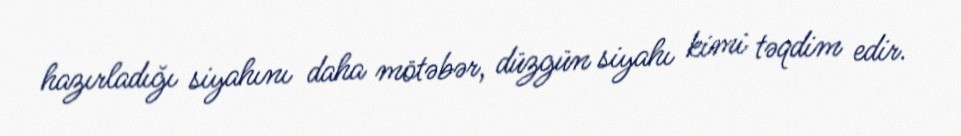
hazırladığı siyahını daha mötəbər, düzgün siyahı kimi təqdim edir.